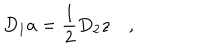
D _ { 1 } a = \frac 1 2 D _ { 2 } z \quad ,